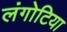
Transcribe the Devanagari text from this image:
लंगोटिया